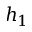
h _ { 1 }